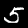
Digit: 5